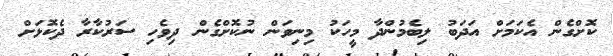
ކޮށްގެން އެކަމަށް އަދަބު ލިބެމުންދާ މީހަކު މިނިވަން ނުކޮށްގެން ދިވެހި ސަރުކާރާ ދެކޮޅަށް